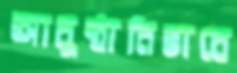
আনুষ্ঠানিভাবে